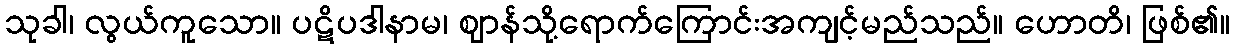
သုခါ၊ လွယ်ကူသော။ ပဋိပဒါနာမ၊ ဈာန်သို့ရောက်ကြောင်းအကျင့်မည်သည်။ ဟောတိ၊ ဖြစ်၏။